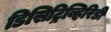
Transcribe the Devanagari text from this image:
डिसिट्रिव्हिरिडी